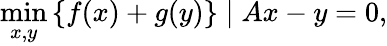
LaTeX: \operatorname*{min}_{x,y}\left\{ f(x)+g(y)\right\} \; |\; Ax-y=0,